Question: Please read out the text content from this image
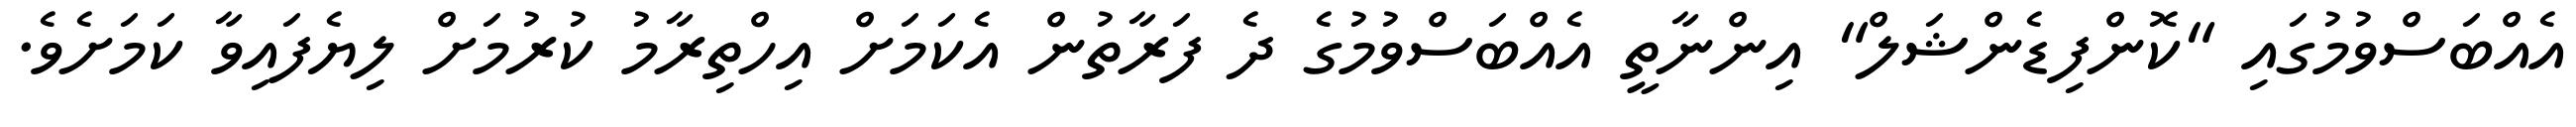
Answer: އެއްބަސްވުމުގައި "ކޮންފިޑެންޝަލް" އިންނާތީ އެއްބަސްވުމުގެ ދެ ފަރާތުން އެކަމަށް އިހްތިރާމު ކުރުމަށް ލިޔެފައިވާ ކަމަށެވެ.